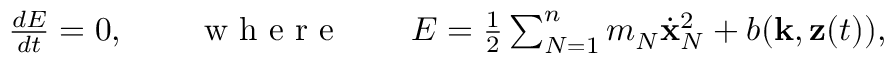
\begin{array} { r } { \frac { d E } { d t } = 0 , \qquad \mathrm { ~ w ~ h ~ e ~ r ~ e ~ } \qquad E = \frac 1 2 \sum _ { N = 1 } ^ { n } m _ { N } \dot { \bf x } _ { N } ^ { 2 } + b ( { \bf k } , { \bf z } ( t ) ) , } \end{array}